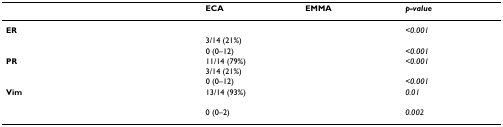
<table><thead><tr><td>[EMPTY_CELL]</td><td>[EMPTY_CELL]</td><td><b>ECA</b></td><td><b>EMMA</b></td><td><b><i>p-value</i></b></td></tr></thead><tbody><tr><td><b>ER</b></td><td>[EMPTY_CELL]</td><td>[EMPTY_CELL]</td><td>[EMPTY_CELL]</td><td><i>&lt;0.001</i></td></tr><tr><td>[EMPTY_CELL]</td><td>[EMPTY_CELL]</td><td>3/14 (21%)</td><td>[EMPTY_CELL]</td><td>[EMPTY_CELL]</td></tr><tr><td>[EMPTY_CELL]</td><td>[EMPTY_CELL]</td><td>0 (0–12)</td><td>[EMPTY_CELL]</td><td><i>&lt;0.001</i></td></tr><tr><td><b>PR</b></td><td>[EMPTY_CELL]</td><td>11/14 (79%)</td><td>[EMPTY_CELL]</td><td><i>&lt;0.001</i></td></tr><tr><td>[EMPTY_CELL]</td><td>[EMPTY_CELL]</td><td>3/14 (21%)</td><td>[EMPTY_CELL]</td><td>[EMPTY_CELL]</td></tr><tr><td>[EMPTY_CELL]</td><td>[EMPTY_CELL]</td><td>0 (0–12)</td><td>[EMPTY_CELL]</td><td><i>&lt;0.001</i></td></tr><tr><td><b>Vim</b></td><td>[EMPTY_CELL]</td><td>13/14 (93%)</td><td>[EMPTY_CELL]</td><td><i>0.01</i></td></tr><tr><td>[EMPTY_CELL]</td><td>[EMPTY_CELL]</td><td>[EMPTY_CELL]</td><td>[EMPTY_CELL]</td><td>[EMPTY_CELL]</td></tr><tr><td>[EMPTY_CELL]</td><td>[EMPTY_CELL]</td><td>0 (0–2)</td><td>[EMPTY_CELL]</td><td><i>0.002</i></td></tr></tbody></table>